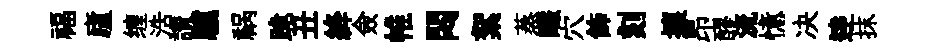
福廬缠浩讃驥祸跪丑絳僉帷悶絮蒸釅穴飾刻攘昂醪流憶决逹抹